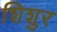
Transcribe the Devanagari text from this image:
शिशुर